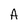
Character: A